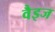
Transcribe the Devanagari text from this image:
वैइज